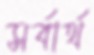
সর্বার্থ